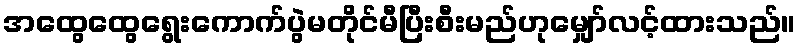
အထွေထွေရွေးကောက်ပွဲမတိုင်မီပြီးစီးမည်ဟုမျှော်လင့်ထားသည်။